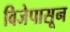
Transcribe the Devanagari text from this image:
विजेपासून